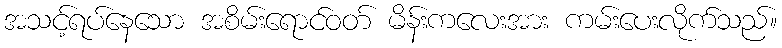
အသင့်ရပ်နေသော အစိမ်းရောင်ဝတ် မိန်းကလေးအား ကမ်းပေးလိုက်သည်။